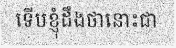
ទើបខ្ញុំដឹងថានោះជា